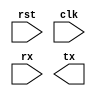
module serial #(
  parameter TRUE  = 1'b1,
  parameter FALSE = 1'b0,
  parameter RATE  = 14'd9600
) (
  input  wire rst,
  input  wire clk,
  input  wire rx,
  output reg  tx
);

endmodule